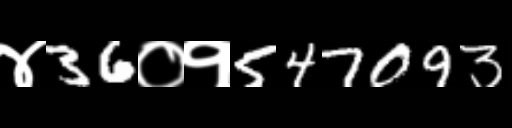
Text: ४36०१547093